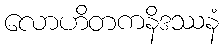
လောဟိတကနိဒဿနံ